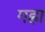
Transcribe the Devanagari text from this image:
गह्रा